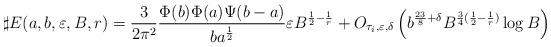
LaTeX: \begin{align*}\sharp E(a,b,\varepsilon,B,r)=\frac{3}{2\pi^2}\frac{\Phi(b)\Phi(a)\Psi(b-a)}{ba^{\frac{1}{2}}}\varepsilon B^{\frac{1}{2}-\frac{1}{r}}+O_{\tau_i,\varepsilon,\delta}\left(b^{\frac{23}{8}+\delta}B^{\frac{3}{4}(\frac{1}{2}-\frac{1}{r})}\log B \right)\end{align*}